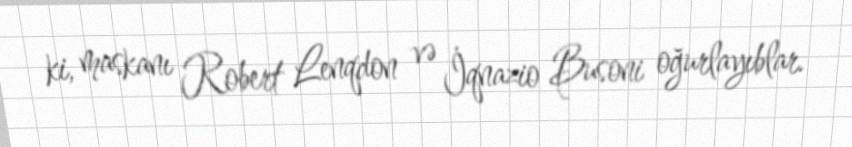
ki, maskanı Robert Lenqdon və İqnazio Busoni oğurlayıblar.